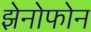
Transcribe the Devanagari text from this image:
झेनोफोन